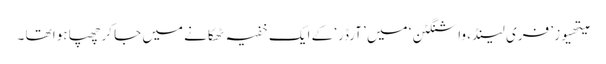
میتھیوز ’ فری لینڈ ، واشنگٹن ‘ میں ’ آرڈر‘ کے ایک خفیہ ٹھکانے میں جا کرچھپا ہوا تھا ۔